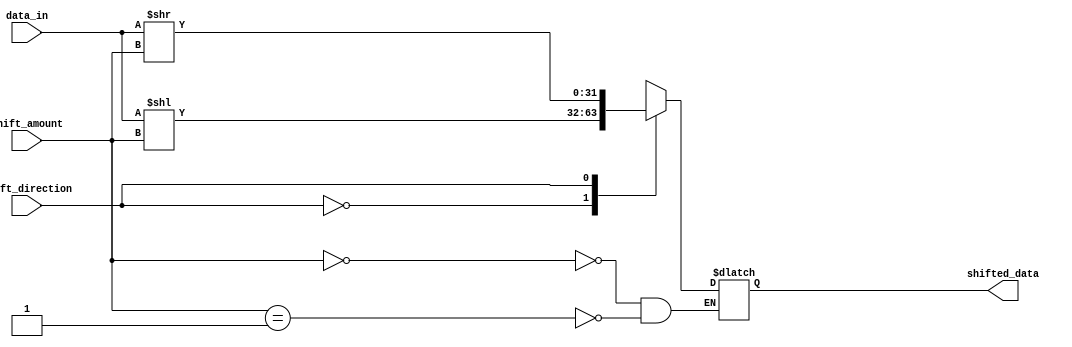
module SparseBarrelShifter (
    input wire [31:0] data_in,
    input wire [4:0] shift_amount,
    input wire shift_direction,
    output reg [31:0] shifted_data
);

reg [31:0] temp_data;

always @(*) begin
    case (shift_direction)
        1'b0: temp_data = data_in << shift_amount;
        1'b1: temp_data = data_in >> shift_amount;
    endcase
end

always @(*) begin
    case (shift_amount)
        5'b00000: shifted_data = temp_data;
        5'b00001: shifted_data = temp_data;
        // Add more cases for different shift amounts if needed
    endcase
end

endmodule